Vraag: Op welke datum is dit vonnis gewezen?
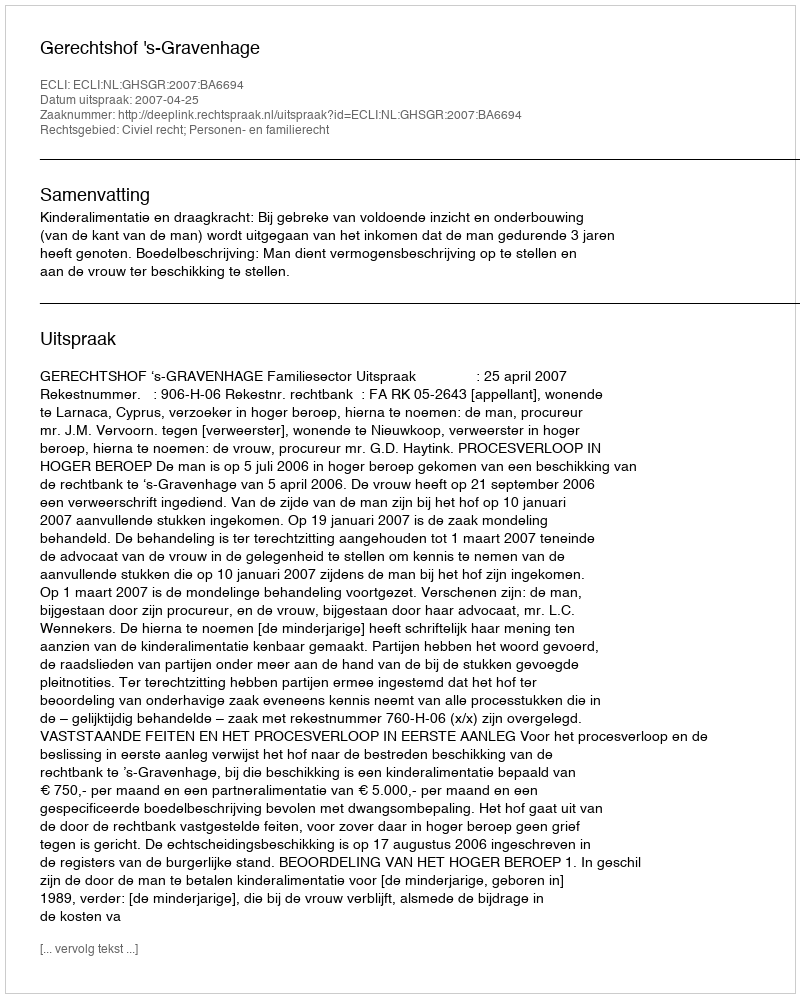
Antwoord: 2007-04-25